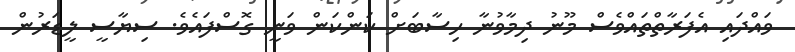
ވައްދައި އެފަރާތްތައްވެސް މޫނު ދިމާވުނާ ހިސާބަށް ކަންކަން ވަނީ ގޮސްފައެވެ. ސިޔާސީ ލީޑަރުން